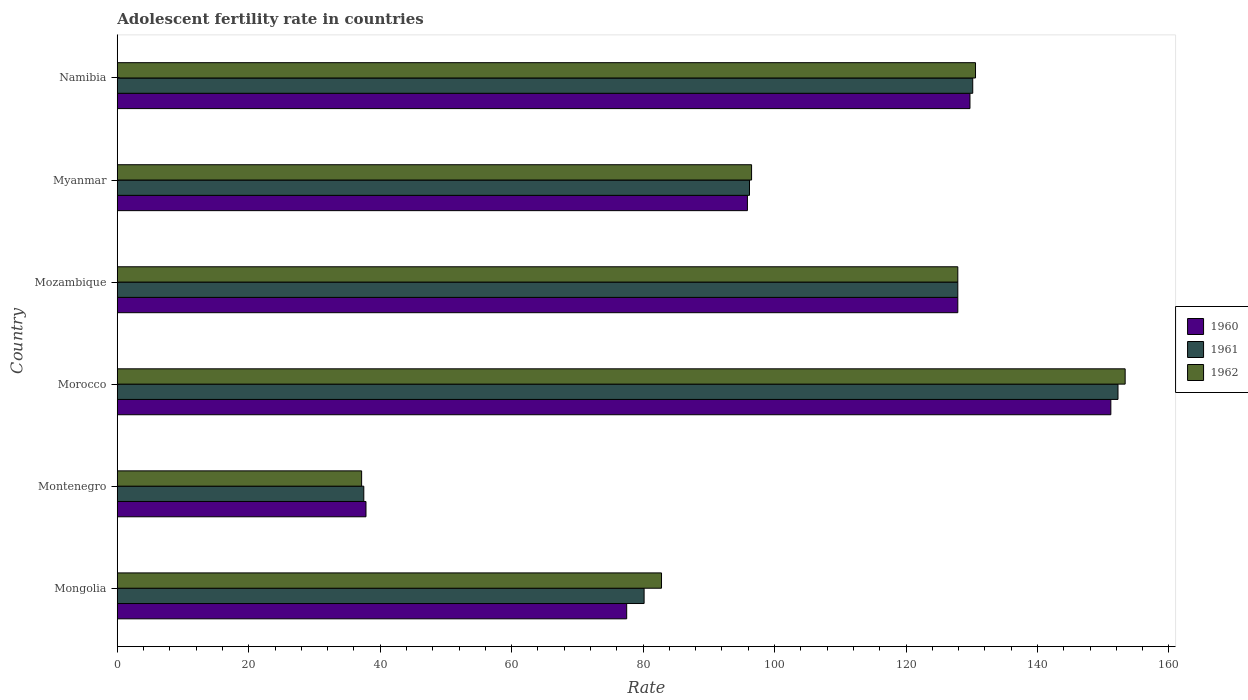
| Country | 1960 | 1961 | 1962 |
 | --- | --- | --- | --- |
 | Mongolia | 77.5 | 80.2 | 82.8 |
 | Montenegro | 37.8 | 37.5 | 37.2 |
 | Morocco | 151 | 152 | 153 |
 | Mozambique | 128 | 128 | 128 |
 | Myanmar | 95.9 | 96.2 | 96.5 |
 | Namibia | 130 | 130 | 131 |